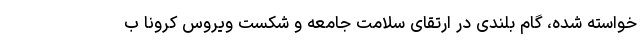
خواسته ‌شده، گام بلندی در ارتقای سلامت جامعه و شکست ویروس کرونا ب